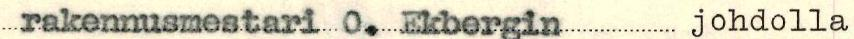
rakennusmestari O. Ekbergin johdolla